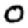
Digit: 0